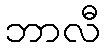
ဘာလီ